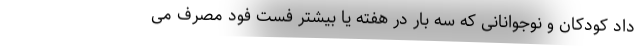
داد کودکان و نوجوانانی که سه بار در هفته یا بیشتر فست فود مصرف می